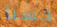
حسنا